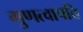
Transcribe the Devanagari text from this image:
गुणत्वापत्ति